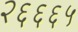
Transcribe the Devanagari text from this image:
२६६६५